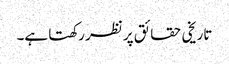
تاریخی حقائق پر نظر رکھتا ہے۔